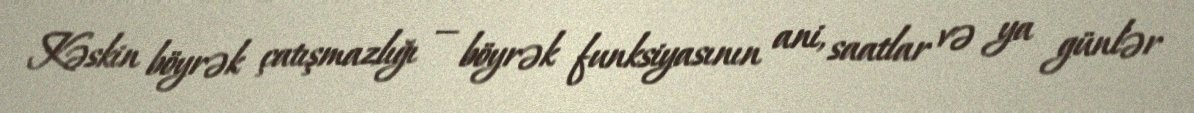
Kəskin böyrək çatışmazlığı — böyrək funksiyasının ani, saatlar və ya günlər